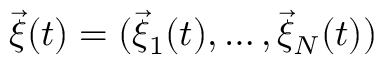
\vec { \xi } ( t ) = ( \vec { \xi } _ { 1 } ( t ) , \dots , \vec { \xi } _ { N } ( t ) )